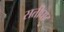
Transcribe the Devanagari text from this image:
सतीघाट